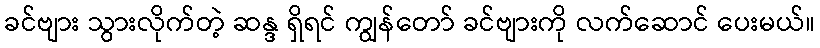
ခင်ဗျား သွားလိုက်တဲ့ ဆန္ဒ ရှိရင် ကျွန်တော် ခင်ဗျားကို လက်ဆောင် ပေးမယ်။